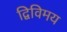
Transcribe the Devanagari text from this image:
द्विविमय